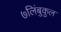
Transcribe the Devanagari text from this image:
७लिंबुकुल